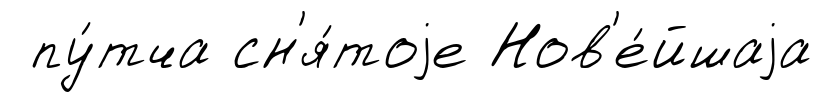
пу́тча сн'я́тоjе Нов'е́йшаjа